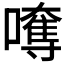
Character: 𡁯